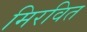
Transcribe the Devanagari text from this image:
मिरवित